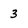
Character: 3